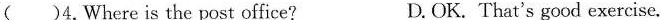
( )4.Where is the post office? D. OK. That's good exercise.